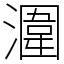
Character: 潿